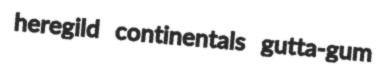
heregild continentals gutta-gum